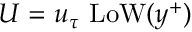
U = u _ { \tau } ~ \mathrm { L o W } ( y ^ { + } )